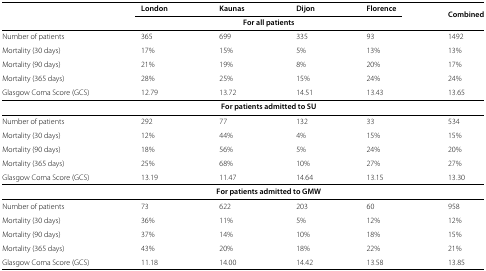
<table><thead><tr><td><b> </b></td><td><b>London</b></td><td><b>Kaunas</b></td><td><b>Dijon</b></td><td><b>Florence</b></td><td rowspan="2"><b>Combined</b></td></tr><tr><td><b> </b></td><td colspan="4"><b>For all patients</b></td></tr></thead><tbody><tr><td>Number of patients</td><td>365</td><td>699</td><td>335</td><td>93</td><td>1492</td></tr><tr><td>Mortality (30 days)</td><td>17%</td><td>15%</td><td>5%</td><td>13%</td><td>13%</td></tr><tr><td>Mortality (90 days)</td><td>21%</td><td>19%</td><td>8%</td><td>20%</td><td>17%</td></tr><tr><td>Mortality (365 days)</td><td>28%</td><td>25%</td><td>15%</td><td>24%</td><td>24%</td></tr><tr><td>Glasgow Coma Score (GCS)</td><td>12.79</td><td>13.72</td><td>14.51</td><td>13.43</td><td>13.65</td></tr><tr><td> </td><td colspan="4"><b>For patients admitted to SU</b></td><td> </td></tr><tr><td>Number of patients</td><td>292</td><td>77</td><td>132</td><td>33</td><td>534</td></tr><tr><td>Mortality (30 days)</td><td>12%</td><td>44%</td><td>4%</td><td>15%</td><td>15%</td></tr><tr><td>Mortality (90 days)</td><td>18%</td><td>56%</td><td>5%</td><td>24%</td><td>20%</td></tr><tr><td>Mortality (365 days)</td><td>25%</td><td>68%</td><td>10%</td><td>27%</td><td>27%</td></tr><tr><td>Glasgow Coma Score (GCS)</td><td>13.19</td><td>11.47</td><td>14.64</td><td>13.15</td><td>13.30</td></tr><tr><td> </td><td colspan="4"><b>For patients admitted to GMW</b></td><td> </td></tr><tr><td>Number of patients</td><td>73</td><td>622</td><td>203</td><td>60</td><td>958</td></tr><tr><td>Mortality (30 days)</td><td>36%</td><td>11%</td><td>5%</td><td>12%</td><td>12%</td></tr><tr><td>Mortality (90 days)</td><td>37%</td><td>14%</td><td>10%</td><td>18%</td><td>15%</td></tr><tr><td>Mortality (365 days)</td><td>43%</td><td>20%</td><td>18%</td><td>22%</td><td>21%</td></tr><tr><td>Glasgow Coma Score (GCS)</td><td>11.18</td><td>14.00</td><td>14.42</td><td>13.58</td><td>13.85</td></tr></tbody></table>